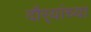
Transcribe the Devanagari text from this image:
दौर्‍यांच्या